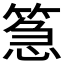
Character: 𮅪